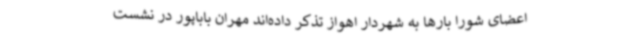
اعضای شورا بارها به شهردار اهواز تذکر داده‌اند مهران باباپور در نشست